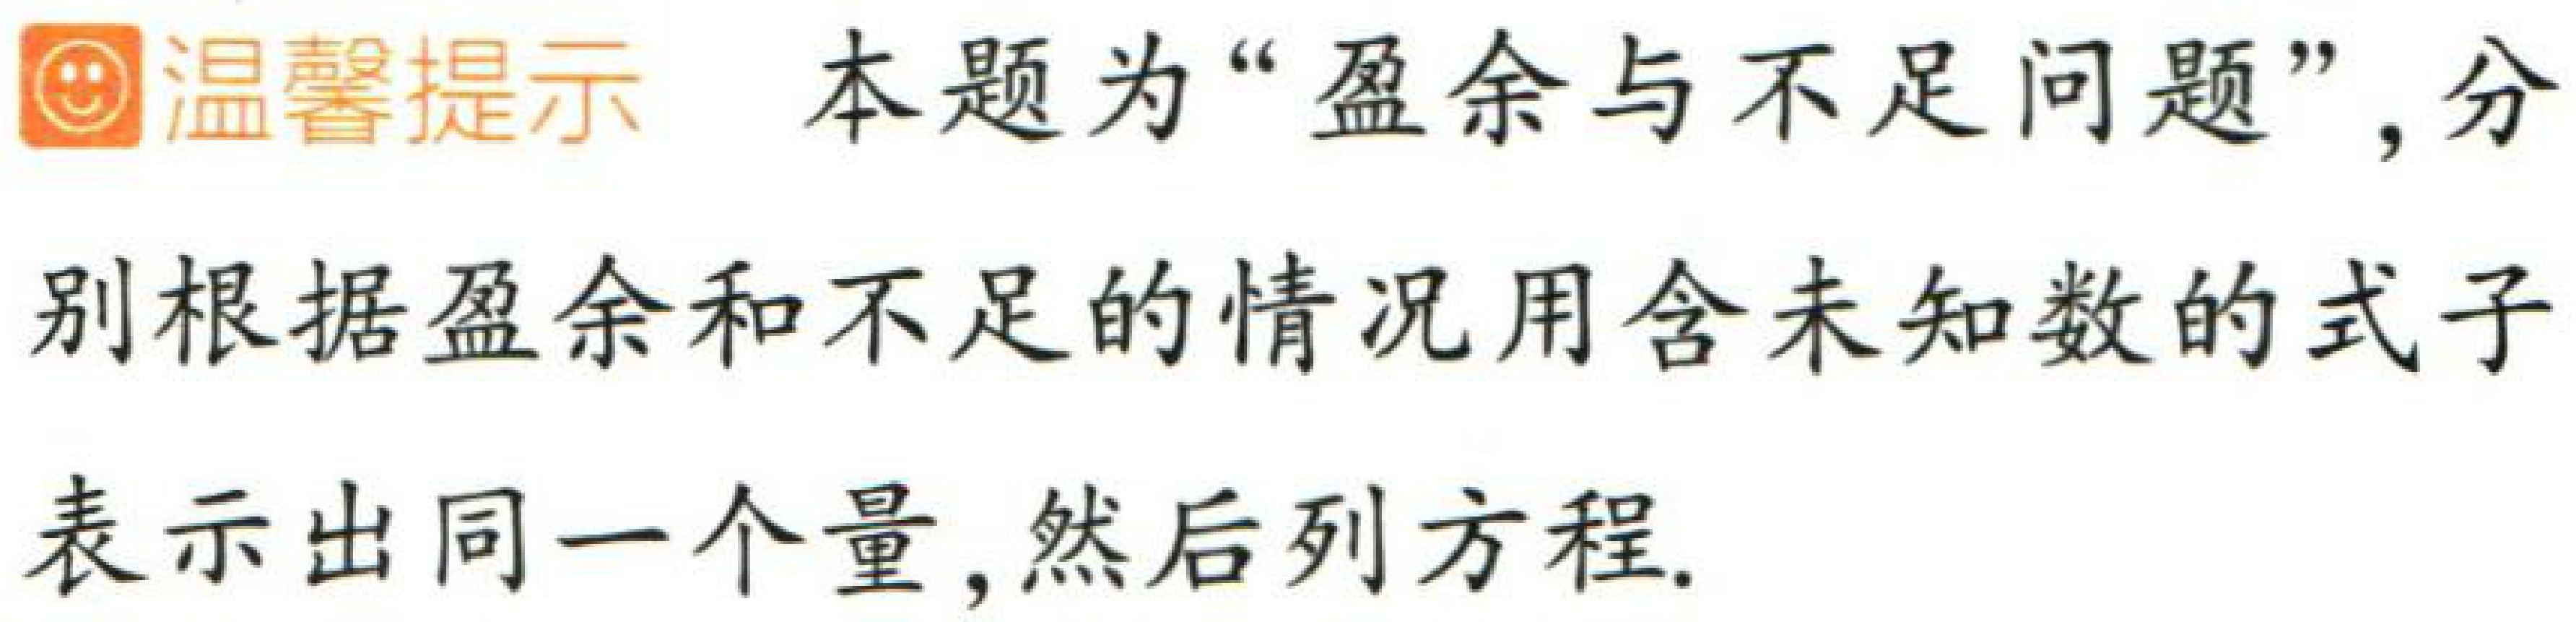
温馨提示 本题为“盈余与不足问题”, 分别根据盈余和不足的情况用含未知数的式子表示出同一个量, 然后列方程.